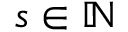
s \in \mathbb { N }